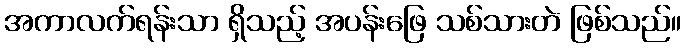
အကာလက်ရန်းသာ ရှိသည့် အပန်းဖြေ သစ်သားတဲ ဖြစ်သည်။